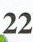
22